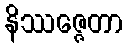
နိဿဇ္ဇေတာ